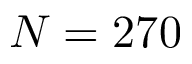
N = 2 7 0